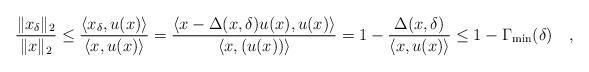
LaTeX: \begin{align*}\frac{\|x_{\delta}\|_2}{\|x\|_2}\leq \frac{\langle x_{\delta}, u(x)\rangle}{\langle x, u(x)\rangle}= \frac{\langle x-\Delta(x,\delta)u(x), u(x)\rangle}{\langle x, (u(x))\rangle}=1-\frac{\Delta(x,\delta)}{\langle x, u(x)\rangle}\leq 1-\Gamma_{\min}(\delta)\quad,\end{align*}